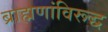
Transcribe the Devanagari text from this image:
ब्राह्मणांविरूद्ध